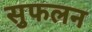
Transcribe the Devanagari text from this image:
सुफलन